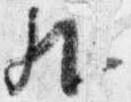
外